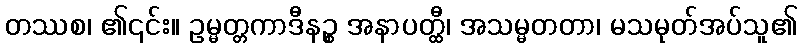
တဿစ၊ ၏၎င်း။ ဥမ္မတ္တကာဒီနဉ္စ အနာပတ္ထီ၊ အသမ္မတတာ၊ မသမုတ်အပ်သူ၏